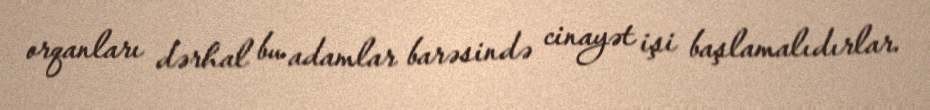
orqanları dərhal bu adamlar barəsində cinayət işi başlamalıdırlar.